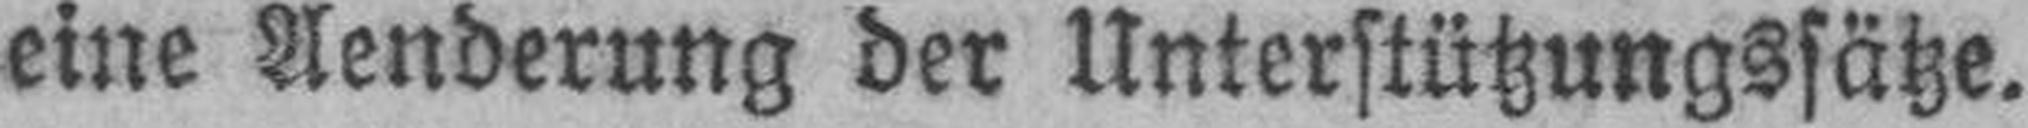
eine Aenderung der Unterstützungssätze.